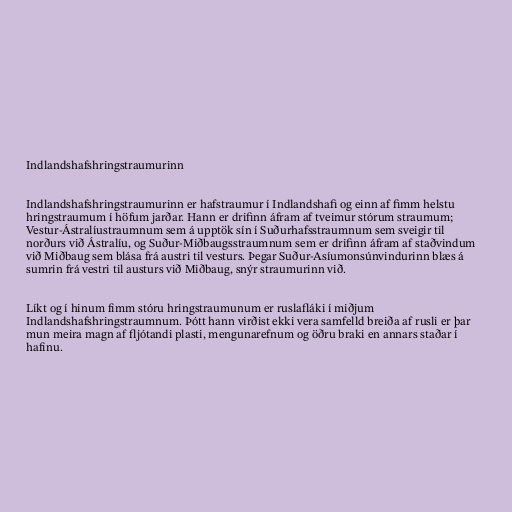
Indlandshafshringstraumurinn

Indlandshafshringstraumurinn er hafstraumur í Indlandshafi og einn af fimm helstu
hringstraumum í höfum jarðar. Hann er drifinn áfram af tveimur stórum straumum;
Vestur-Ástralíustraumnum sem á upptök sín í Suðurhafsstraumnum sem sveigir til
norðurs við Ástralíu, og Suður-Miðbaugsstraumnum sem er drifinn áfram af staðvindum
við Miðbaug sem blása frá austri til vesturs. Þegar Suður-Asíumonsúnvindurinn blæs á
sumrin frá vestri til austurs við Miðbaug, snýr straumurinn við.

Líkt og í hinum fimm stóru hringstraumunum er ruslafláki í miðjum
Indlandshafshringstraumnum. Þótt hann virðist ekki vera samfelld breiða af rusli er þar
mun meira magn af fljótandi plasti, mengunarefnum og öðru braki en annars staðar í
hafinu.